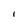
Character: I